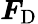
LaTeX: \boldsymbol{F}_{\mathrm{D}}